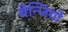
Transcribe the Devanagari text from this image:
बेन्जियो